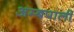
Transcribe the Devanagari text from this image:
अम्बपाली